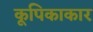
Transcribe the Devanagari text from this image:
कूपिकाकार